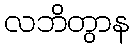
လဘိတွာန